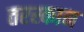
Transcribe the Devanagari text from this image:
तरस्कान